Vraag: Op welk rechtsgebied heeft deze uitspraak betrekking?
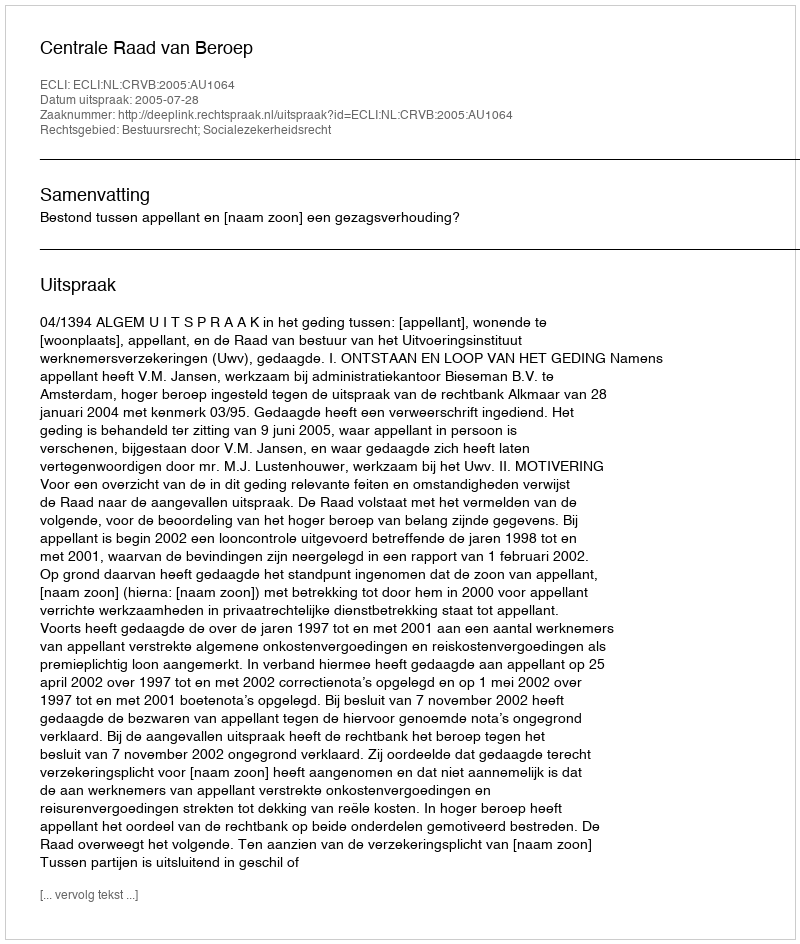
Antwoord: Bestuursrecht; Socialezekerheidsrecht